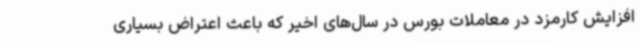
افزایش کارمزد در معاملات بورس در سال‌های اخیر که باعث اعتراض بسیاری